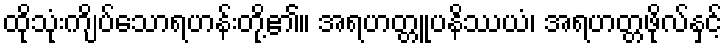
ထိုသုံးကျိပ်သောရဟန်းတို့၏။ အရဟတ္တူပနိဿယံ၊ အရဟတ္တဖိုလ်နှင့်